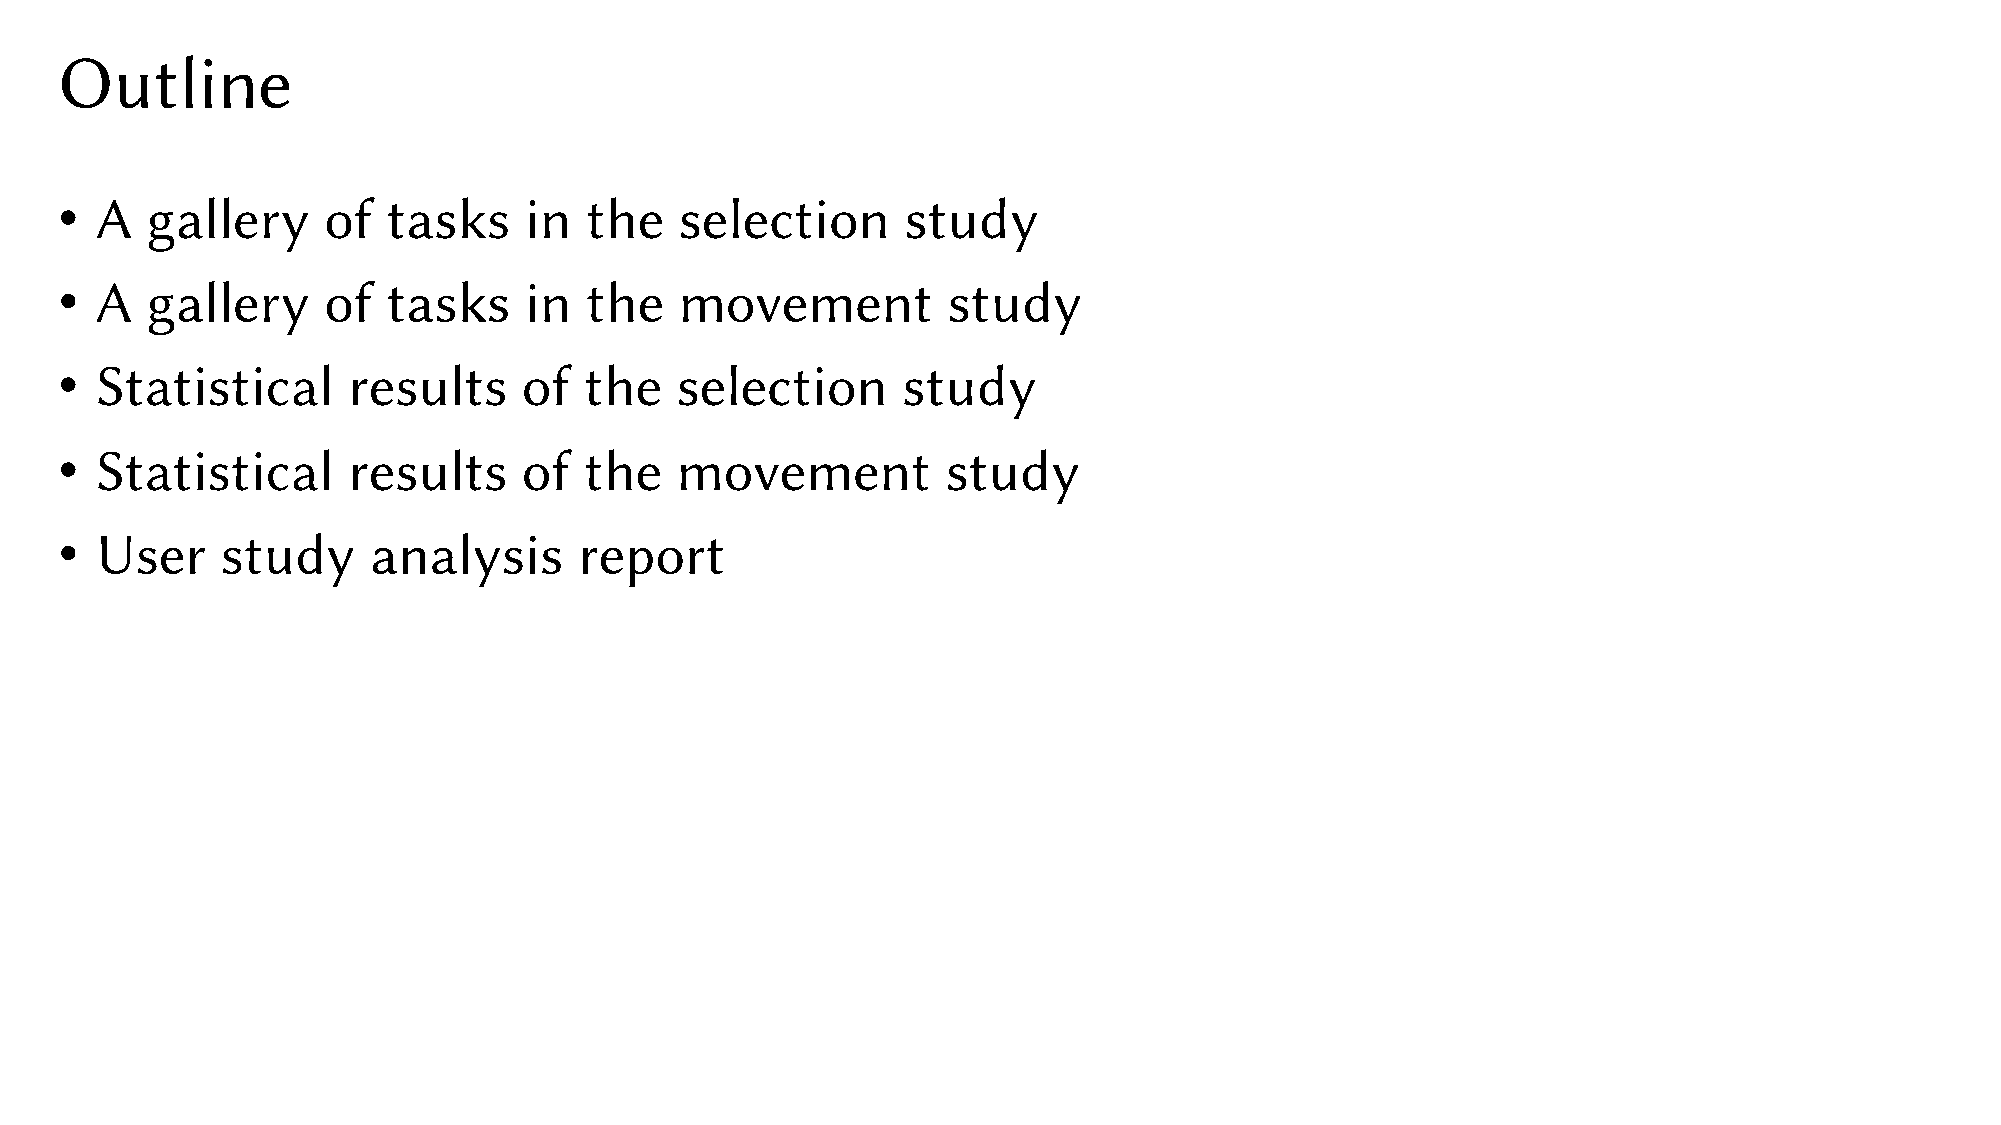
Outline
 • A   gallery    of   tasks    in  the   selection      study
 • A   gallery    of   tasks    in  the   movement          study
 • Statistical      results     of  the   selection      study
 • Statistical      results     of  the   movement          study
 • User     study    analysis      report